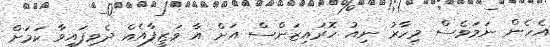
އެހެން ނަމަވެސް މިހާރު ނިއު ހޮރައިޒަންސް އަށް އާ ވަޒީފާއެއް ދެވިފައިވާ ކަމަށް